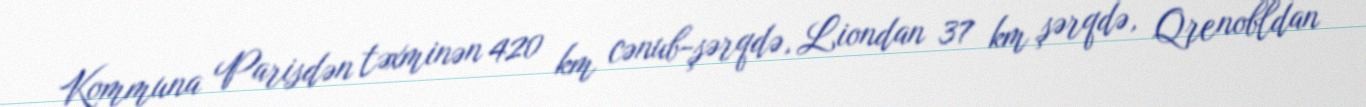
Kommuna Parisdən təxminən 420 km cənub-şərqdə, Liondan 37 km şərqdə, Qrenobldan